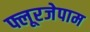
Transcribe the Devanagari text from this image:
फ्लूरजेपाम